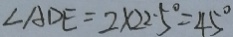
\angle A D E = 2 \times 2 2 . 5 ^ { \circ } = 4 5 ^ { \circ }